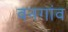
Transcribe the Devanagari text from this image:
वनगांव